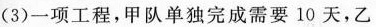
(3)一项工程，甲队单独完成需要10天，乙